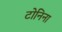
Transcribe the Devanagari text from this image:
टोनिना